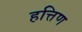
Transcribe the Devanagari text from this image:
हत्तिण